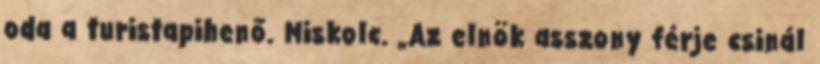
oda a turistapihenő. Miskolc. „Az elnök asszony férje csinál